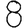
Digit: 8